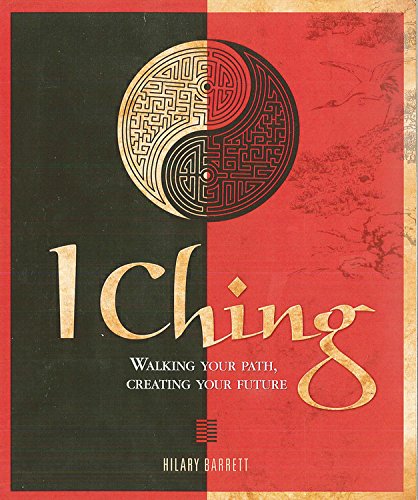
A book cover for I Ching: Walking your path, creating your future; Hilary Barrett; Religion & Spirituality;